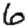
Digit: 6